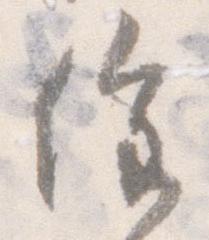
催